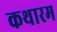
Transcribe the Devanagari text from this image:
कथारम